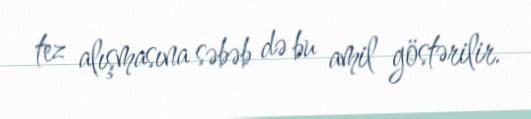
tez alışmasına səbəb də bu amil göstərilir.